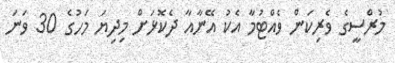
މުރްސީގެ ވެރިކަން ވެެއްޓުމާ އެކު އޭނާއާ ދެކޮޅަށް މިދިޔަ މަހުގެ 30 ވަނަ